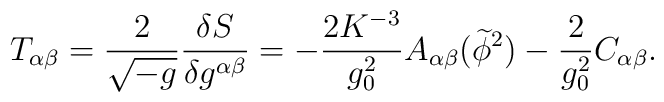
T_{\alpha \beta } = \frac{2} {{\sqrt { -g}}}\frac{{\delta S}} {{\delta g^{\alpha \beta } }} =-\frac{2K^{-3}} {{g_0 ^2 }}A_{\alpha \beta}(\widetilde\phi^2)-\frac{2}{g_0^2}C_{\alpha\beta} .